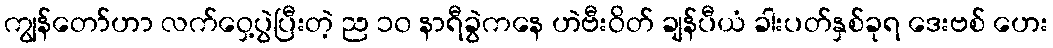
ကျွန်တော်ဟာ လက်ဝှေ့ပွဲပြီးတဲ့ ည ၁၀ နာရီခွဲကနေ ဟဲဗီးဝိတ် ချန်ပီယံ ခါးပတ်နှစ်ခုရ ဒေးဗစ် ဟေး